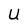
Character: U